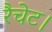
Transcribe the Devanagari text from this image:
रैचेट।